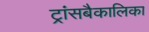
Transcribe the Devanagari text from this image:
ट्रांसबैकालिका